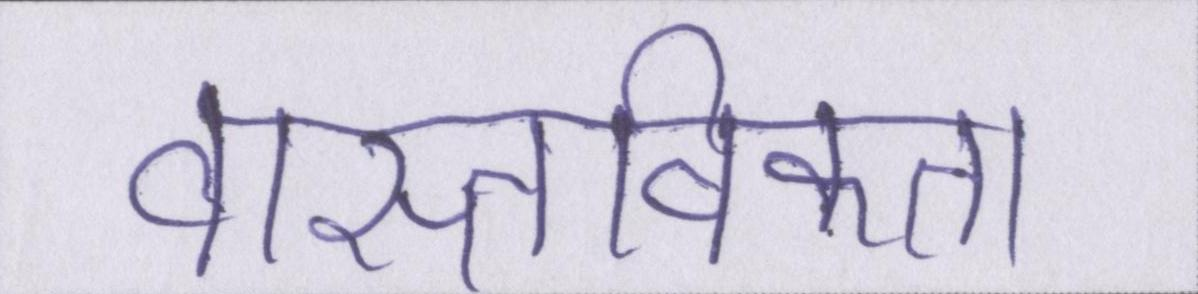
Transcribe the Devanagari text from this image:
वास्तविकता